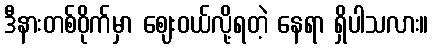
ဒီနားတစ်ဝိုက်မှာ ဈေးဝယ်လို့ရတဲ့ နေရာ ရှိပါသလား။